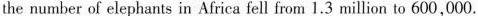
the number of elephants in Africa fell from 1.3 million to 600,000.